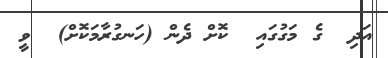
އަދި  ގެ މަގުގައި  ކޮށް ދެން (ހަނގުރާމަކޮށް)  ވީ